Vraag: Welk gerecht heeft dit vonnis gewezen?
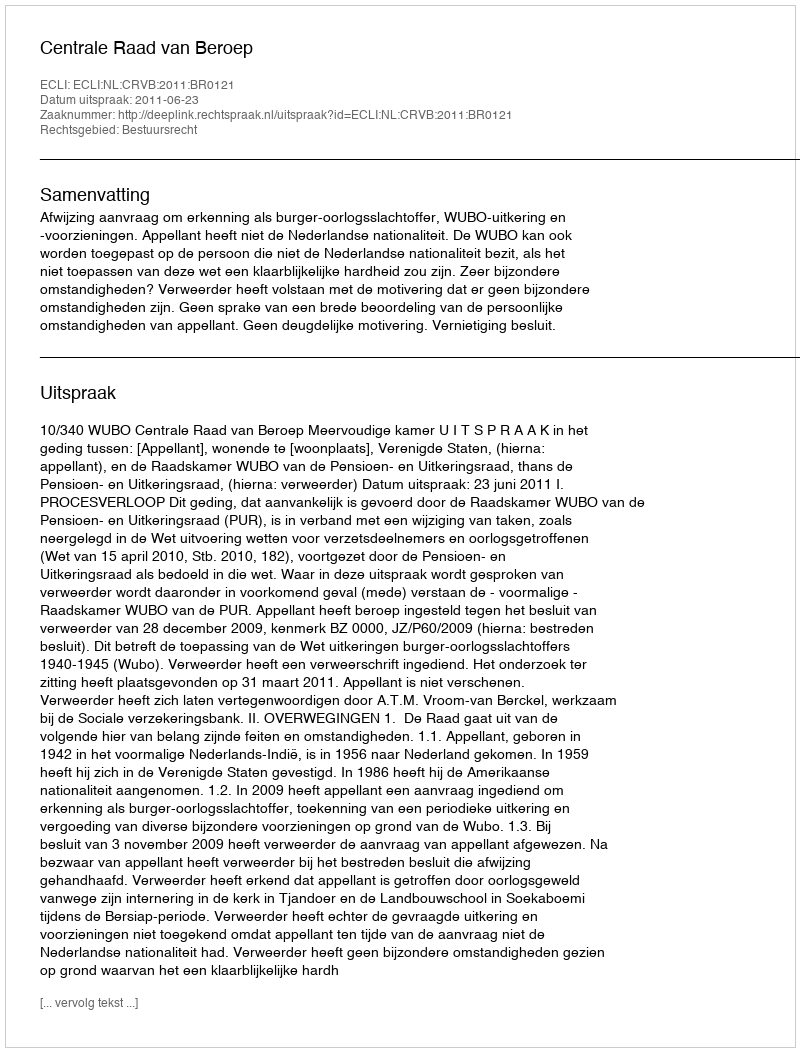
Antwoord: Centrale Raad van Beroep